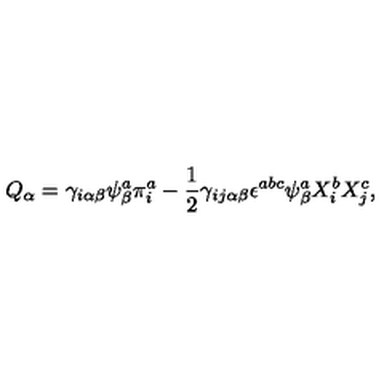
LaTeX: Q _ { \alpha } = \gamma _ { i \alpha \beta } \psi _ { \beta } ^ { a } \pi _ { i } ^ { a } - \frac { 1 } { 2 } \gamma _ { i j \alpha \beta } \epsilon ^ { a b c } \psi _ { \beta } ^ { a } X _ { i } ^ { b } X _ { j } ^ { c } ,